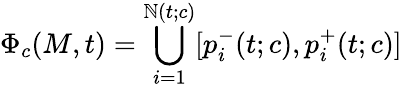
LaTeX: \Phi_{c}(M,t)=\bigcup_{i=1}^{\mathbb{N}(t;c)}[p_{i}^{-}(t;c),p_{i}^{+}(t;c)]